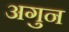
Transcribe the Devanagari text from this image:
अगुन